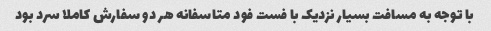
با توجه به مسافت بسیار نزدیک با فست فود متاسفانه هر دو سفارش کاملا سرد بود